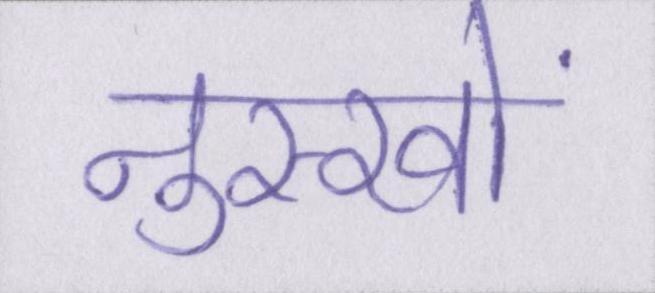
नुस्खों